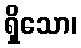
ရှိသော၊